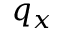
q _ { x }